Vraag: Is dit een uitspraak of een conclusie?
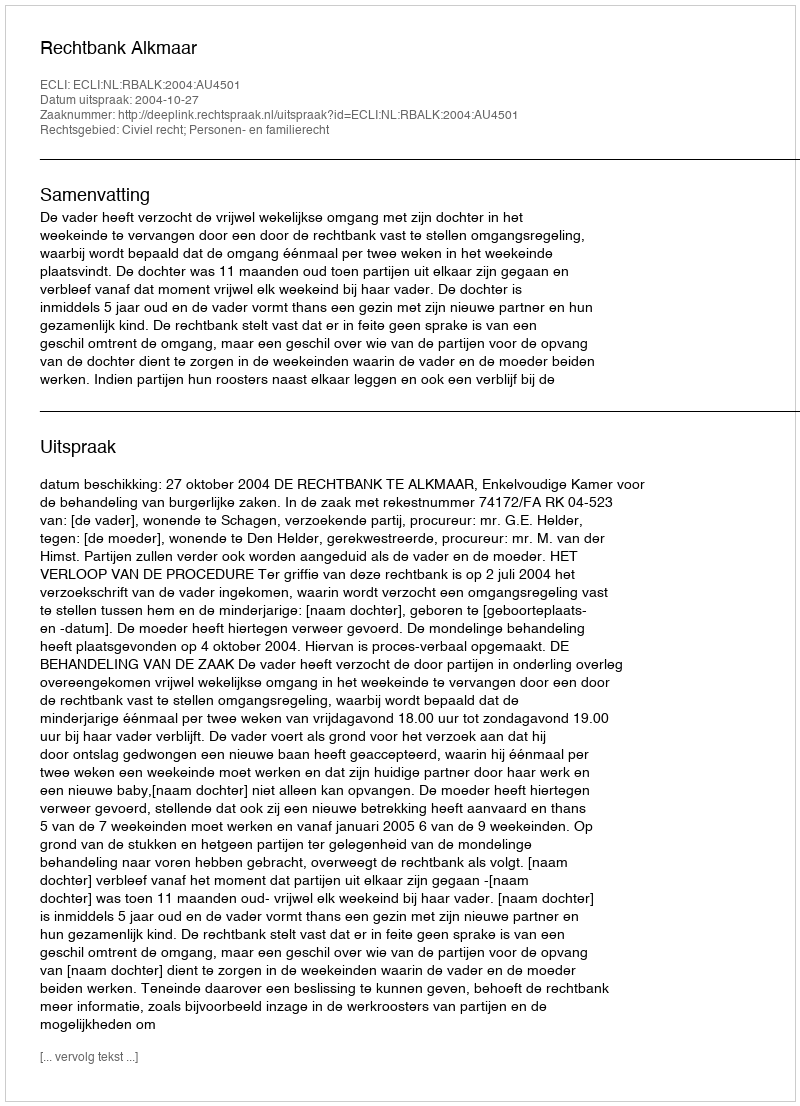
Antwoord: Uitspraak